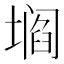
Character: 𰊡